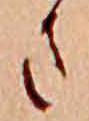
さ